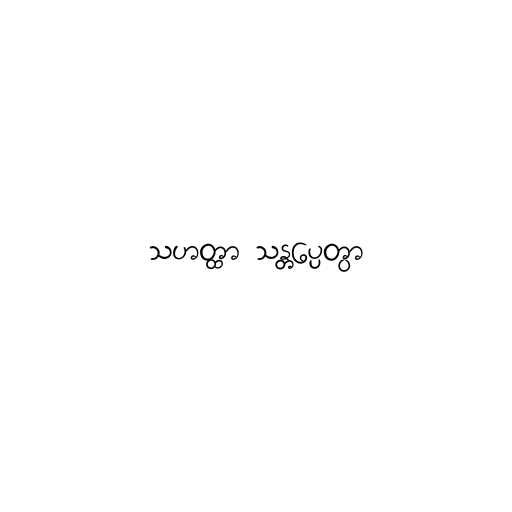
သဟတ္ထာ သန္တပ္ပေတွာ